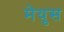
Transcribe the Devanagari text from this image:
मेयुस